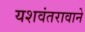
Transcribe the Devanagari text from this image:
यशवंतरावाने